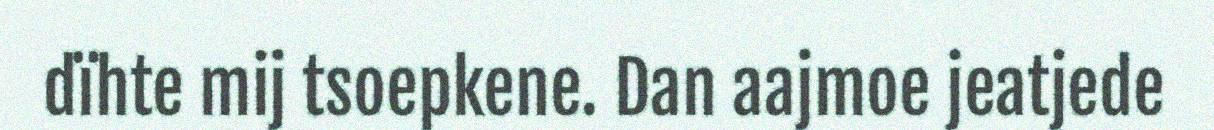
dïhte mij tsoepkene. Dan aajmoe jeatjede